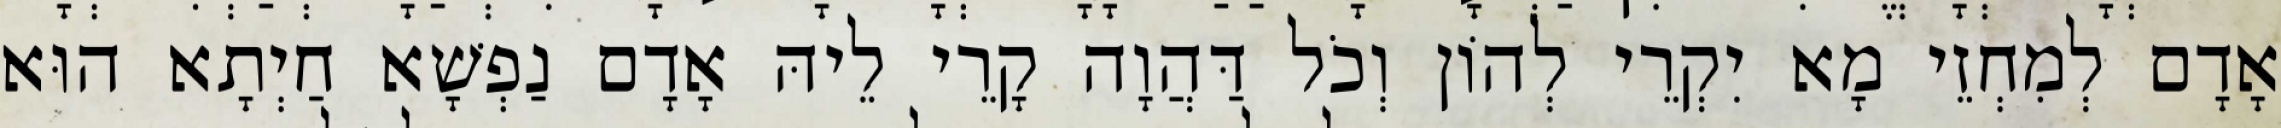
אָדָם לְמִחְזֵי מָא יִקְרֵי לְהוֹן וְכֹל דַּהֲוָה קָרֵי לֵיהּ אָדָם נַפְשָׁא חַיְתָא הוּא